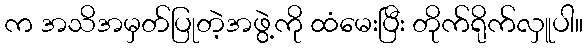
က အသိအမှတ်ပြုတဲ့အဖွဲ့ကို ထံမေးပြီး တိုက်ရိုက်လှူပါ။